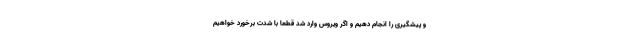
و پیشگیرى را انجام دهیم و اگر ویروس وارد شد قطعا با شدت برخورد خواهیم